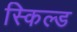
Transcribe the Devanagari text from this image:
स्किल्ड